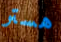
هستر